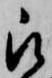
被